Report of the veterinary officer investigating camel disease
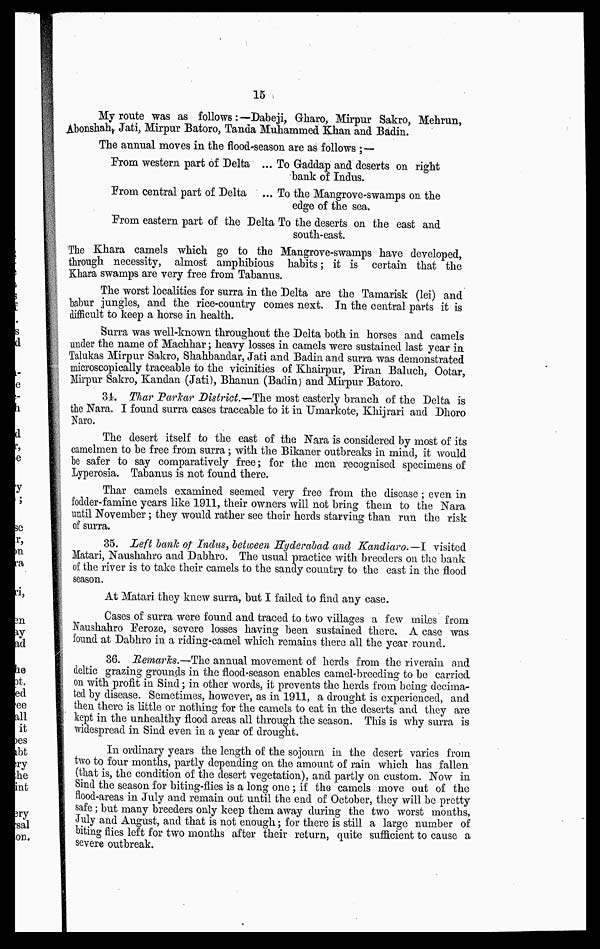
15
My route was as follows:— Dabeji, Gharo, Mirpur Sakro, Mehrun,
Abonshah Jati, Mirpur Batoro, Tanda Muhammed Khan and Badin.
The annual moves in the flood-season are as follows ;—
Prom western part of Delta ...
Prom central part of Delta
Prom eastern part of the Delta
To Gaddap and deserts on right
bank of Indus.
To the Mangrove-swamps on the
edge of the sea.
To the deserts on the east and
south-east.
The Khara camels which go to the Mangrove-swamps have developed,
through necessity, almost amphibious habits ; it is certain that the
Khara swamps are very free from Tabanus.
The worst localities for surra in the Delta are the Tamarisk (lei) and
habur jungles, and the rice-country comes next. In the central parts it is
difficult to keep a horse in health.
Surra was well-known throughout the Delta both in horses and camels
under the name of Machhar; heavy losses in camels were sustained last year in
Talukas Mirpur Sakro, Shahbandar, Jati and Badin and surra was demonstrated
microscopically traceable to the vicinities of Khairpur, Piran Baluch, Ootar,
Mirpur Sakro, Kandan (Jati), Bhanun (Badin) and Mirpur Batoro.
34. Thar Parkar District.—The most easterly branch of the Delta is
the Nara. I found surra cases traceable to it in Umarkote, Khijrari and Dhoro
Naro.
The desert itself to the east of the Nara is considered by most of its
camelmen to be free from surra; with the Bikaner outbreaks in mind, it would
he safer to say comparatively free; for the men recognised specimens of
Lyperosia. Tabanus is not found there.
Thar camels examined seemed very free from the disease ; even in
fodder-famine years like 1911, their owners will not bring them to the Nara
until November ; they would rather see their herds starving than run the risk
of surra.
35. Left bank of Indus, between Hyderabad and Kandiaro.—I visited
Matari, Naushahro and Dabhro. The usual practice with breeders on the bank
of the river is to take their camels to the sandy country to the east in the flood
season.
At Matari they knew surra, but I failed to find any case.
Cases of surra were found and traced to two villages a few miles from
Naushahro Feroze, severe losses having been sustained there. A case was
found at Dabhro in a riding-camel which remains there all the year round.
36. Remarks.—The annual movement of herds from the riverain and
deltic grazing grounds in the flood-season enables camel-breeding to be carried
on with profit in Sind; in other words, it prevents the herds from being decima-
ted by disease. Semetimes, however, as in 1911, a drought is experienced, and
then there is little or nothing for the camels to eat in the deserts and they are
kept in the unhealthy flood areas all through the season. This is why surra is
widespread in Sind even in a year of drought.
In ordinary years the length of the sojourn in the desert varies from
two to four months, partly depending on the amount of rain which has fallen
(that is, the condition of the desert vegetation), and partly on custom. Now in
Sind the season for biting-flies is a long one ; if the camels move out of the
flood-areas in July and remain out until the end of October, they will be pretty
safe; but many breeders only keep them away during the two worst months,
July and August, and that is not enough; for there is still a large number of
biting flies left for two months after their return, quite sufficient to cause a
severe outbreak.